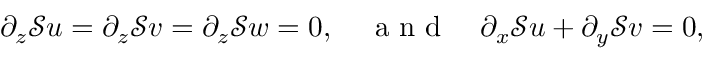
\partial _ { z } \mathcal { S } u = \partial _ { z } \mathcal { S } v = \partial _ { z } \mathcal { S } w = 0 , \quad \textrm { a n d } \quad \partial _ { x } \mathcal { S } u + \partial _ { y } \mathcal { S } v = 0 ,